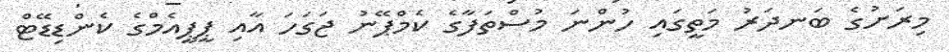
މިރަށުގެ ބަނދަރު މަތީގައި ހުންނަ މުސްތަފާގެ ކެމްޕޭނު ޖަގަހަ އާއި ޕީޕީއެމްގެ ކެންޑިޑޭޓް